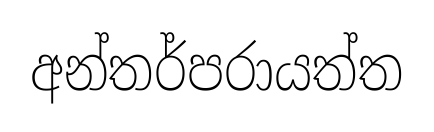
අන්තර්පරායත්ත